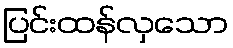
ပြင်းထန်လှသော